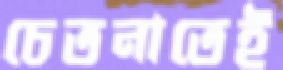
চেতনাতেই